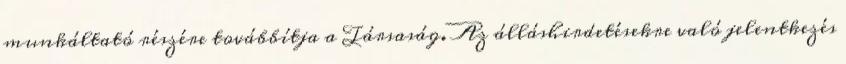
munkáltató részére továbbítja a Társaság. Az álláshirdetésekre való jelentkezés